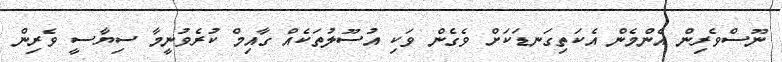
ނޫސްވެރިން އެންމެން އެކަތިގަނޑަކަށް ވެގެން ވަކި އުސޫލުތަކެއް ގާއިމް ކުރެވުނީމާ ސިޔާސީ ވެރިން